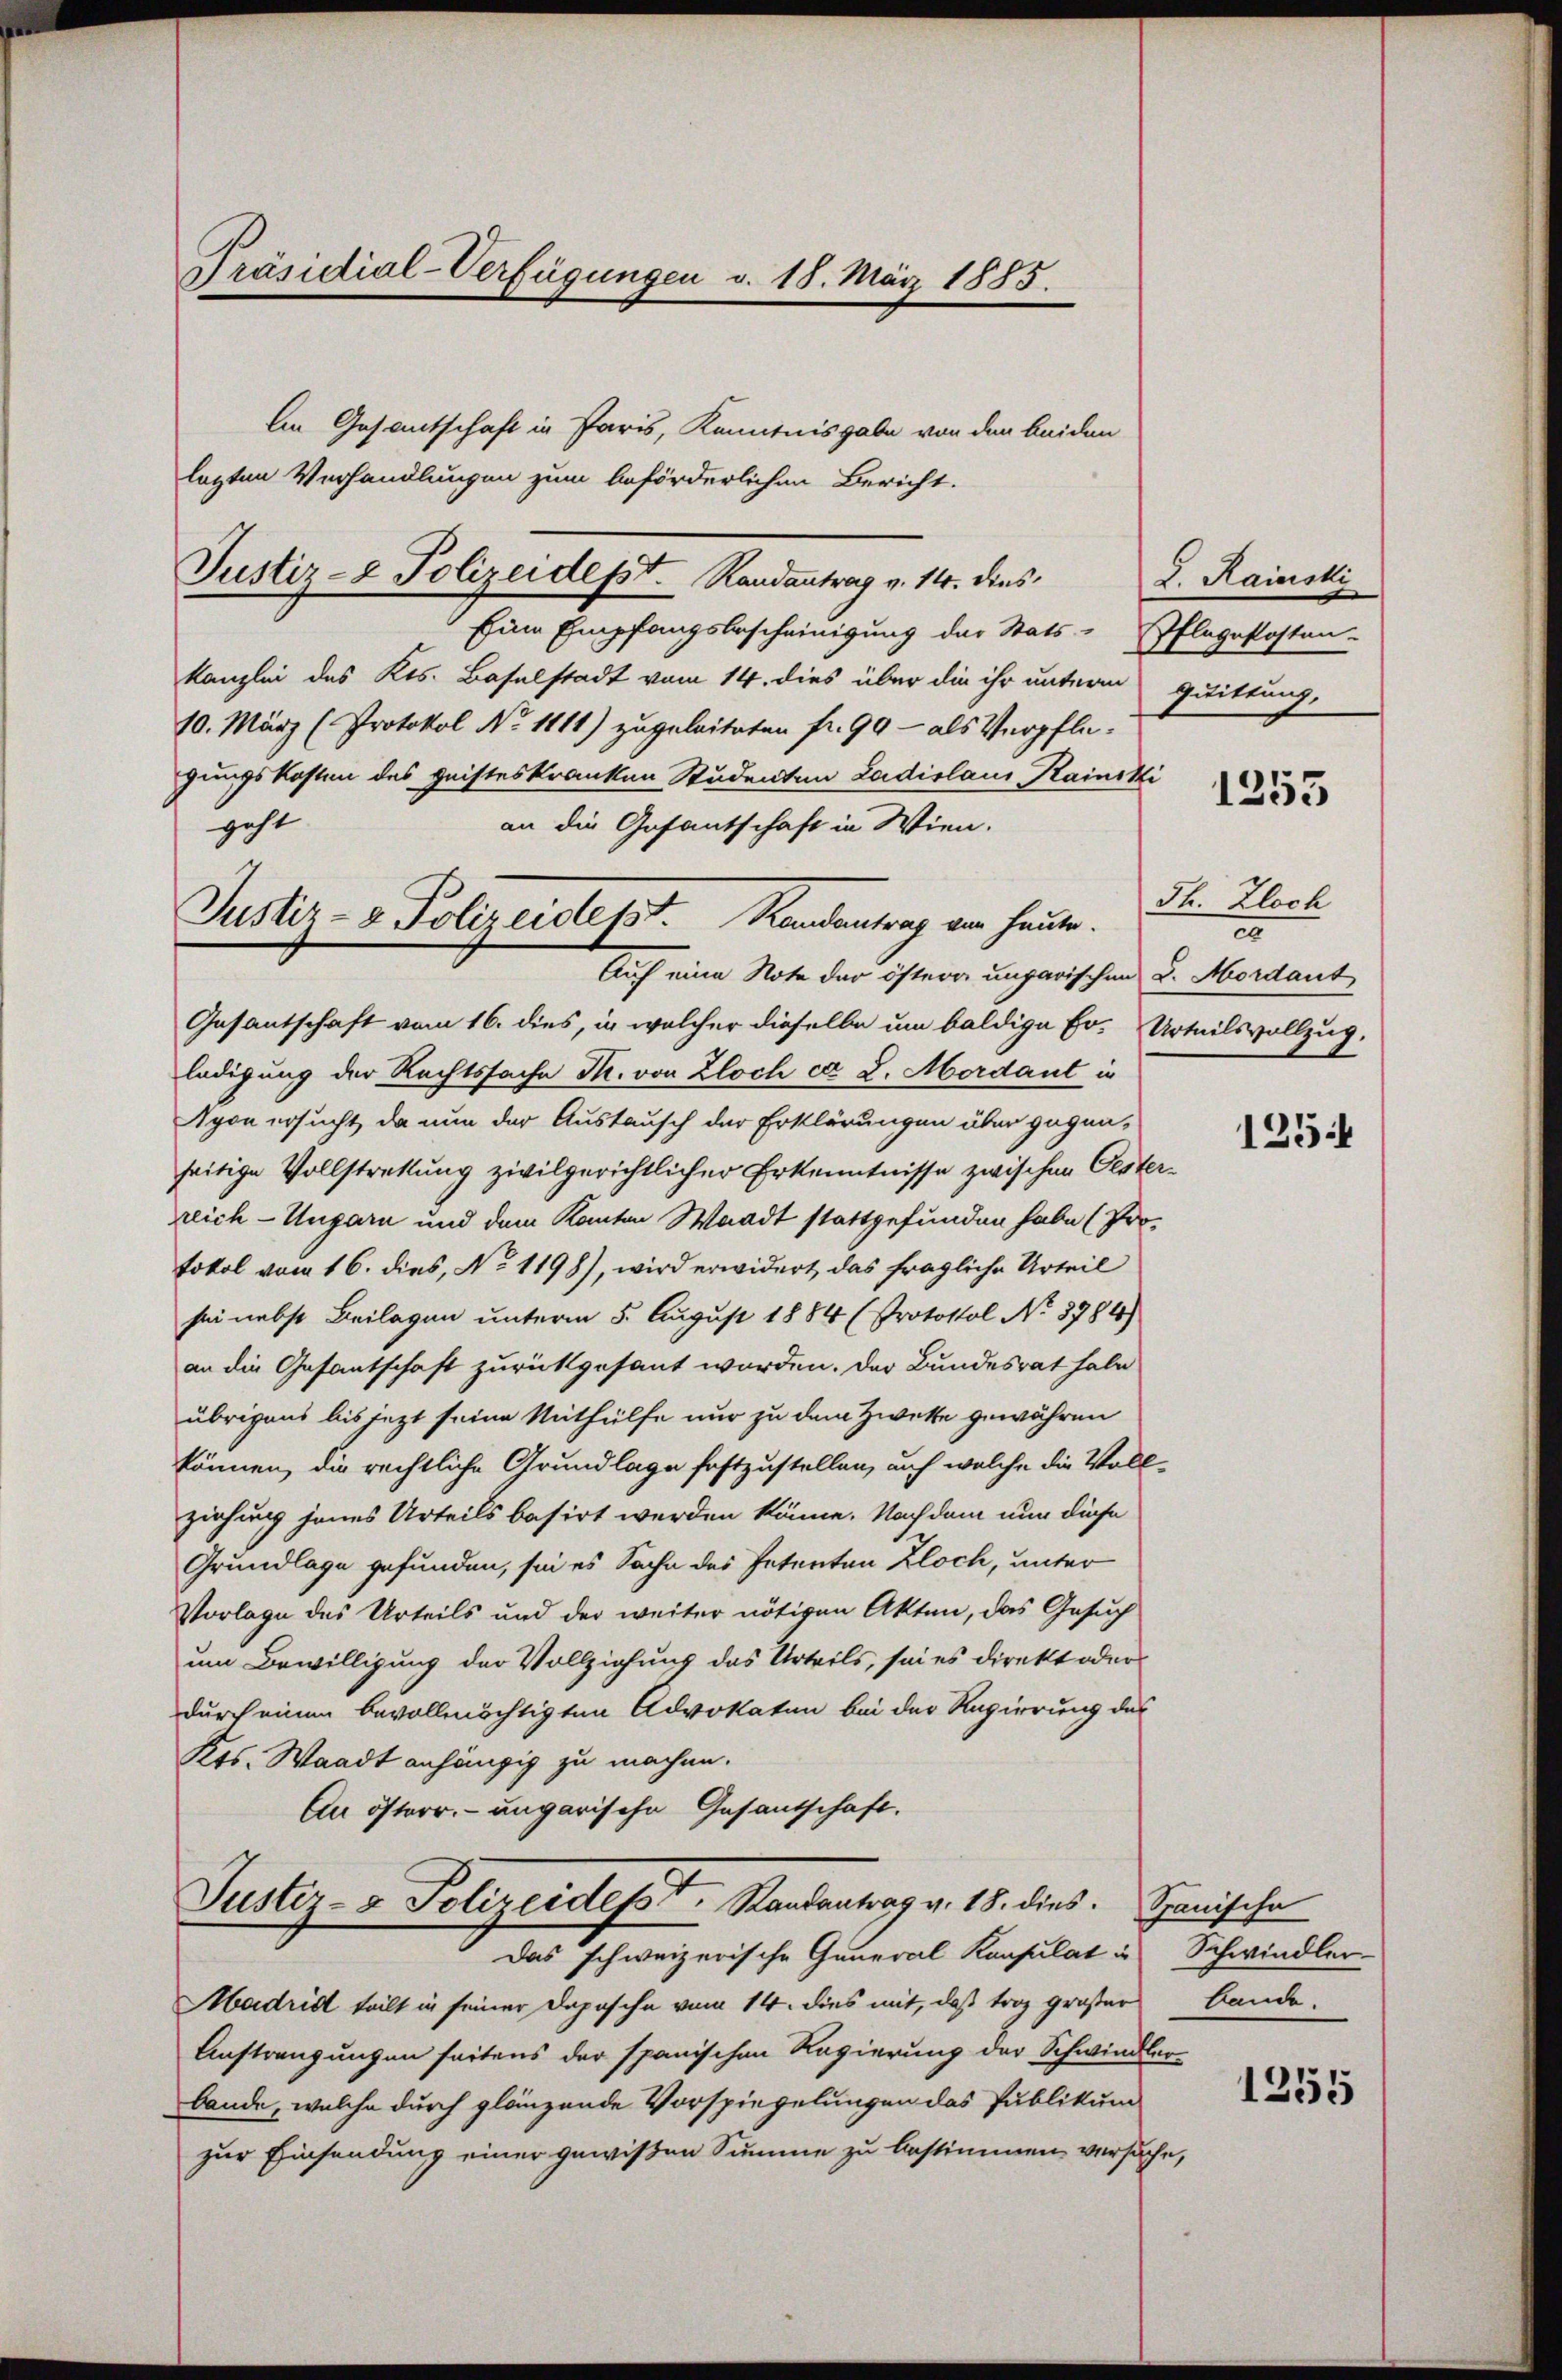
Präsidial-Verfügungen v. 18. März 1885.

Justiz- & Polizeidept. Randantrag v. 14. dies

Justiz- & Polizeidesst. Handentrag an heute.

An Gesamtschaft in Paris, Kenntnisgabe von den beiden
lagten Verhandlungen zum beförderlichen Bericht.
Eine Empfangsbescheinigung der Stats-Pflegekosten-
kanzlei des Kts. Baselstadt vom 14. dies über die ihr unterm quittung,
10. März (Protokol No 1111) zugeleiteten fr. 90 - als Verpflegungskosten des geisteskranken Studenten Ladislaus Rainsk
geht.
an die Gefantschaft in Wien.
Auf eine Note der östern ungarischen 2. Mordaut
Gasantschaft vom 16. dies, in welcher dieselbe um baldige Er-Urteilsvollzug.
ledigung der Rechtssache T. von Zloch ca 8. Mordant in
Agon ersucht, da nun der Austausch der Erklärungen über gegen-
seitige Vollstreckung zivilgerichtlicher Erkenntnisse zwischen Oest
reich-Ungarn und dem Kanton Waadt stattgefunden habe (Pro-
tokol vom 16. dies, No 1198), wird erwidert, das fragliche Urteil
sei nebst Beilagen unterm 5. August 1884 (Protokol No 3784)
an die Gesantschaft zurückgesant worden. Der Bundesrat habe
übrigens bis jetzt seine Mithülfe nur zu dem Zwette gewähren
können, die rechtliche Grundlage festzustellen, auf welche die Voll
ziehung jenes Urteils basirt werden könne. Nachdem nun diese
Grundlage gefunden, sei es Sache des Petenten Kloch, unter
Vorlage des Urteils und der weiter nötigen Akten, das Gesuch
um Bewilligung der Vollziehung des Urteils, sei es direkt oder
durch einen bevollmächtigten Advokaten bei der Regierung des
Kts. Waadt anhängig zu machen.
An österr. ungarische Gesantschaft.

Justiz- & Polizeidest. Standentrag v. 18. dies
Das schweizerische General Konsulat in Schwindler

L. Rainski

Madrid teilt in seiner Dopische vom 14. dies mit, daß troz großer
Austrengungen seitens der spanischen Regierung der Schwindlerbande, welche durch glänzende Vorspiegelungen das Publikum
zur Einsendung einer gewißen Summe zu bestimmen versuche,

1253

Th. Zloch
2

125

Spanische
Bande.

1255